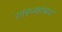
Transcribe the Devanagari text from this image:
शाहजहांबाद